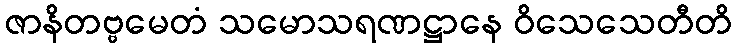
ဇာနိတဗ္ဗမေတံ သမောသရဏဋ္ဌာနေ ဝိသေသေတီတိ